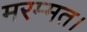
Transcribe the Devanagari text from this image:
मरम्मत।